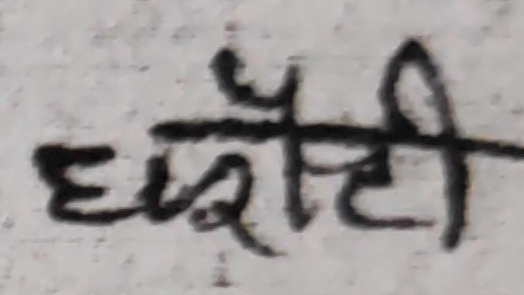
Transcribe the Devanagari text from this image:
घडौड़ी